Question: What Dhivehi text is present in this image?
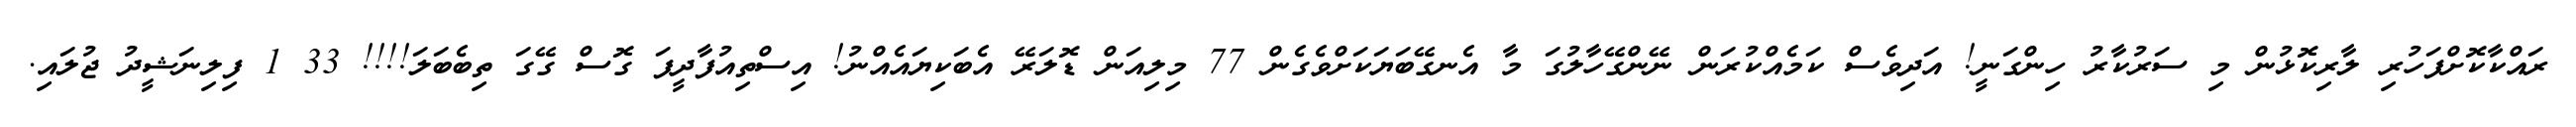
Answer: ރައްކާކޮށްފަހުރި ލާރިކޮޅުން މި ސަރުކާރު ހިންގަނީ! އަދިވެސް ކަމެއްކުރަން ނޭންގޭހާލުގަ މާ އެނގޭބަޔަކަށްވެގެން 77 މިލިއަން ޑޮލަރޭ އެބަކިޔައެއްނު! އިސްތިއުފާދީފަ ގޮސް ގޭގަ ތިބެބަލަ!!!! 33 1 ފިލިނަޝީދު ޖުލައި.